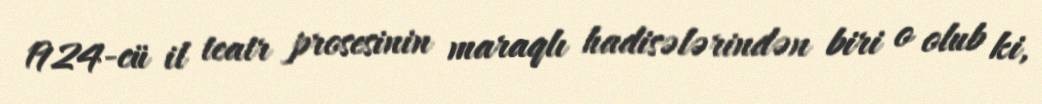
1924-cü il teatr prosesinin maraqlı hadisələrindən biri o olub ki,